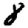
Digit: 8